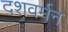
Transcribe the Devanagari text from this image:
दशवर्मन्‌